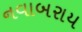
નવાબરાય